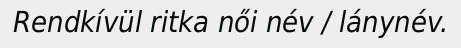
Rendkívül ritka női név / lánynév.